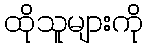
ထိုသူများကို